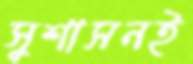
সুশাসনই